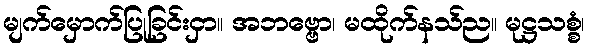
မျက်မှောက်ပြုခြင်းငှာ။ အဘဗ္ဗော၊ မထိုက်နသ်ည။ မုဋ္ဌသစ္စံ၊